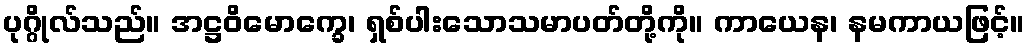
ပုဂ္ဂိုလ်သည်။ အဋ္ဌဝိမောက္ခေ၊ ရှစ်ပါးသောသမာပတ်တို့ကို။ ကာယေန၊ နမကာယဖြင့်။